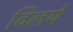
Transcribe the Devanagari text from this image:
विलये